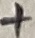
Text: +